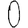
Digit: 0